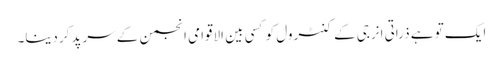
ایک تو ہے ذراتی انرجی کے کنٹرول کو کسی بین الاقوامی انجمن کے سرپد کردینا۔